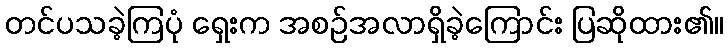
တင်ပသခဲ့ကြပုံ ရှေးက အစဉ်အလာရှိခဲ့ကြောင်း ပြဆိုထား၏။